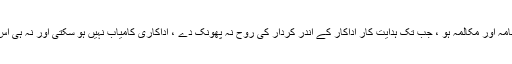
‘‘ کتنی ہی اچھی کہانی ، منظر نامہ اور مکالمہ ہو ، جب تک ہدایت کار اداکار کے اندر کردار کی روح نہ پھونک دے ، اداکاری کامیاب نہیں ہو سکتی اور نہ ہی اس پر کوئی رد عمل ہو سکتا ہے ۔